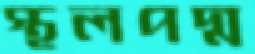
স্থলপদ্ম